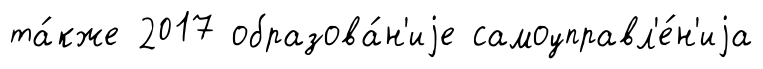
та́кже 2017 образова́н'иjе самоуправл'е́н'иjа